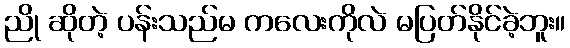
ညို ဆိုတဲ့ ပန်းသည်မ ကလေးကိုလဲ မပြတ်နိုင်ခဲ့ဘူး။